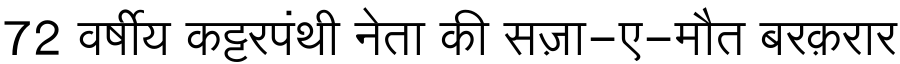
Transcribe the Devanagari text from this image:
72 वर्षीय कट्टरपंथी नेता की सज़ा-ए-मौत बरक़रार